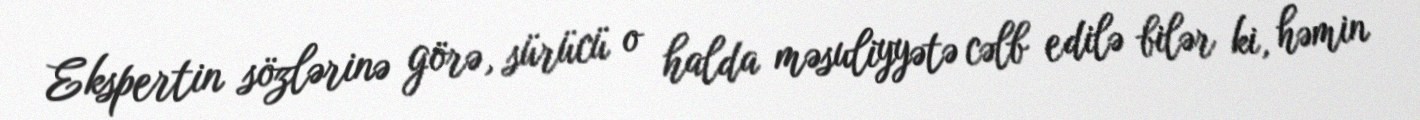
Ekspertin sözlərinə görə, sürücü o halda məsuliyyətə cəlb edilə bilər ki, həmin